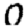
Digit: 0